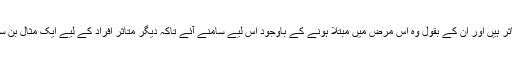
اصغر ستی کہتے ہیں 2011 میں اُنھیں معلوم ہوا کہ وہ ایڈز سے متاثر ہیں اور اُن کے بقول وہ اس مرض میں مبتلا ہونے کے باوجود اس لیے سامنے آئے تاکہ دیگر متاثر افراد کے لیے ایک مثال بن سکیں کہ ادویات اور احتیاط سے معمول کی زندگی گزارنا ممکن ہے۔